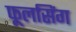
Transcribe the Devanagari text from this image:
फूलसिंग